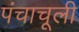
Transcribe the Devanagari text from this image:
पंचाचूली